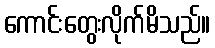
ကောင်းတွေးလိုက်မိသည်။